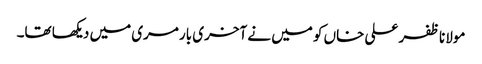
مولانا ظفر علی خاں کو میں نے آخری بار مری میں دیکھا تھا۔